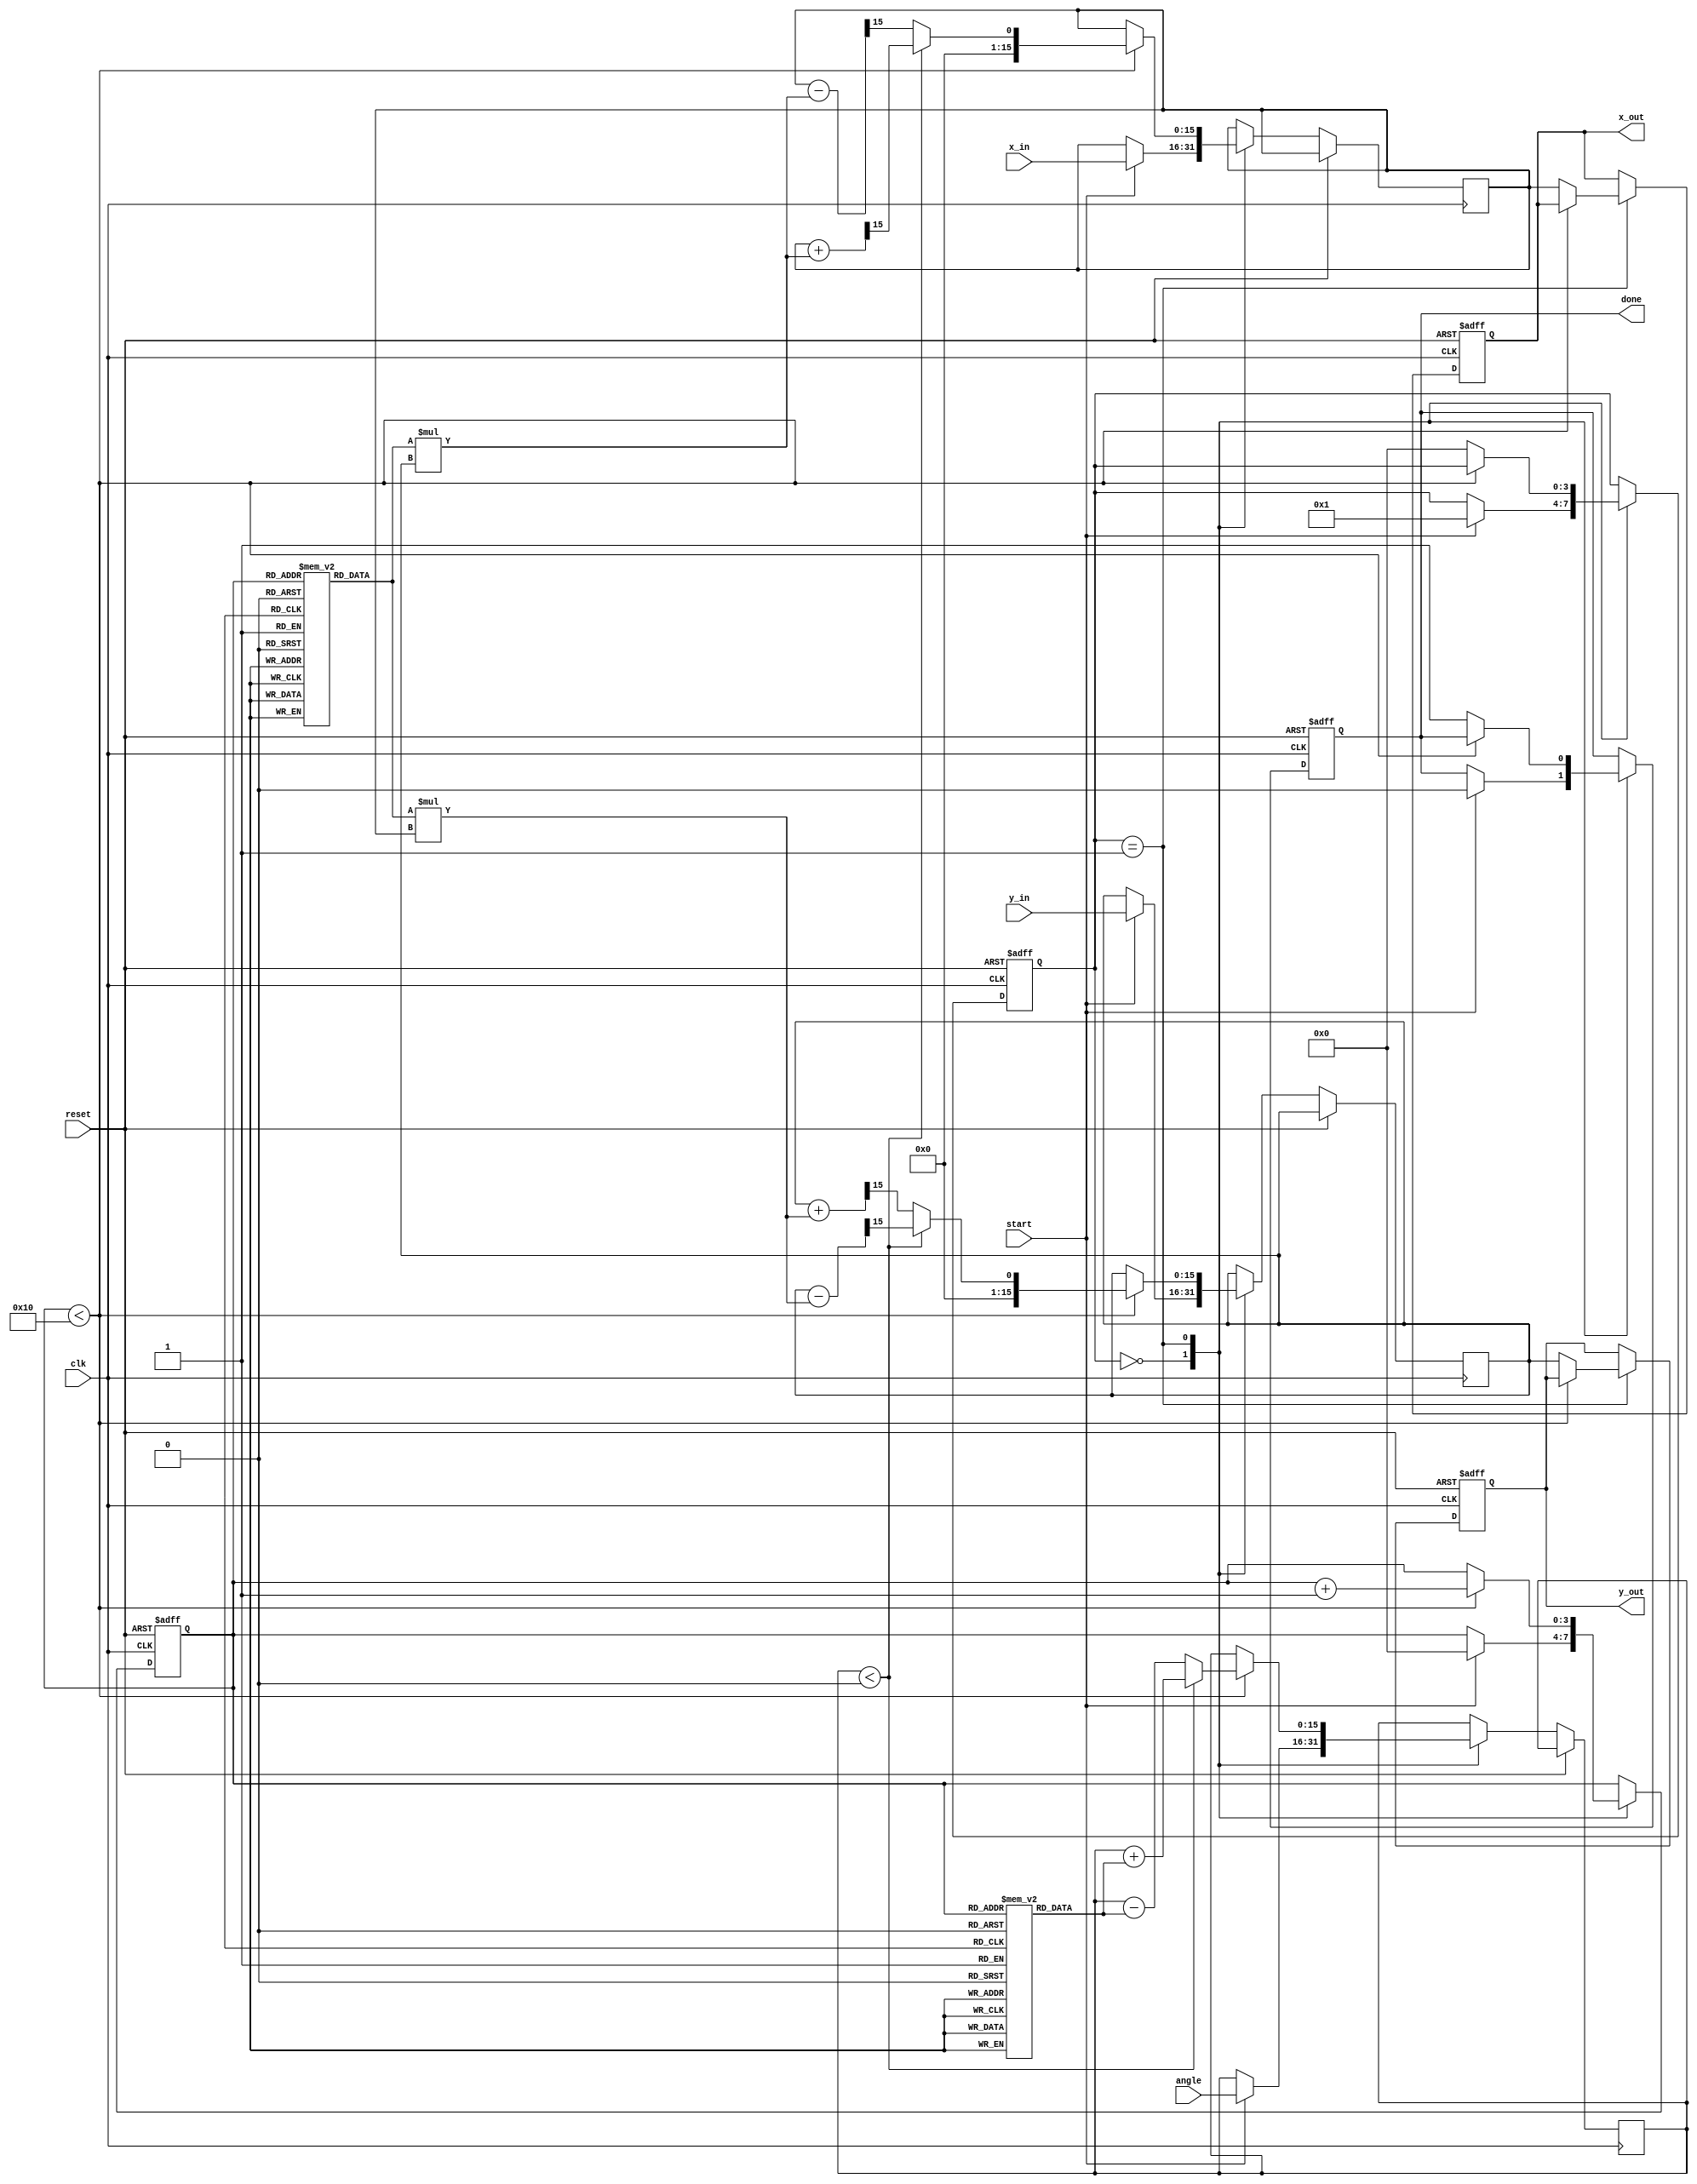
module cordic_rotational #(
    parameter DATA_WIDTH = 16, // Fixed-point representation width
    parameter NUM_ITERATIONS = 16 // Number of iterations
)(
    input wire clk,
    input wire reset,
    input wire start,
    input wire signed [DATA_WIDTH-1:0] angle, // Input angle in fixed-point
    input wire signed [DATA_WIDTH-1:0] x_in, // Initial x coordinate
    input wire signed [DATA_WIDTH-1:0] y_in, // Initial y coordinate
    output reg signed [DATA_WIDTH-1:0] x_out, // Final x coordinate
    output reg signed [DATA_WIDTH-1:0] y_out, // Final y coordinate
    output reg done // Done flag
);

    // Constants for CORDIC
    reg signed [DATA_WIDTH-1:0] atan_table [0:NUM_ITERATIONS-1];
    reg signed [DATA_WIDTH-1:0] K [0:NUM_ITERATIONS-1];
    
    initial begin
        // Pre-computed arctangent values (in fixed-point format)
        atan_table[0] = 16'h2000; // atan(2^-0) = 0.7854 (approx)
        atan_table[1] = 16'h1000; // atan(2^-1) = 0.4636 (approx)
        atan_table[2] = 16'h0800; // atan(2^-2) = 0.2449 (approx)
        // ... fill in for all iterations ...
        atan_table[15] = 16'h0001; // atan(2^-15)
        
        // Scaling factors (K_n)
        K[0] = 16'h26DD; // K_0 = 0.60725 (approx)
        K[1] = 16'h3D99; // K_1 = 0.60725 * 2^-1
        // ... fill in for all iterations ...
        K[15] = 16'h0001; // K_15 = 0.60725 * 2^-15
    end
    
    // State definitions
    reg [3:0] state;
    reg [3:0] iteration;
    reg signed [DATA_WIDTH-1:0] x, y;
    reg signed [DATA_WIDTH-1:0] angle_temp;
    
    // State machine
    always @(posedge clk or posedge reset) begin
        if (reset) begin
            x_out <= 0;
            y_out <= 0;
            done <= 0;
            state <= 0;
            iteration <= 0;
        end else begin
            case (state)
                0: begin // Initialization
                    if (start) begin
                        x <= x_in;
                        y <= y_in;
                        angle_temp <= angle;
                        iteration <= 0;
                        state <= 1;
                        done <= 0;
                    end
                end
                1: begin // Iterative Processing
                    if (iteration < NUM_ITERATIONS) begin
                        if (angle_temp < 0) begin // Counterclockwise rotation
                            x <= x + (K[iteration] * y) >> 15; // K_n * y
                            y <= y - (K[iteration] * x) >> 15; // -K_n * x
                            angle_temp <= angle_temp + atan_table[iteration]; // Update angle
                        end else begin // Clockwise rotation
                            x <= x - (K[iteration] * y) >> 15; // -K_n * y
                            y <= y + (K[iteration] * x) >> 15; // K_n * x
                            angle_temp <= angle_temp - atan_table[iteration]; // Update angle
                        end
                        iteration <= iteration + 1;
                    end else begin
                        x_out <= x;
                        y_out <= y;
                        done <= 1;
                        state <= 0; // Go back to initialization
                    end
                end
            endcase
        end
    end

endmodule